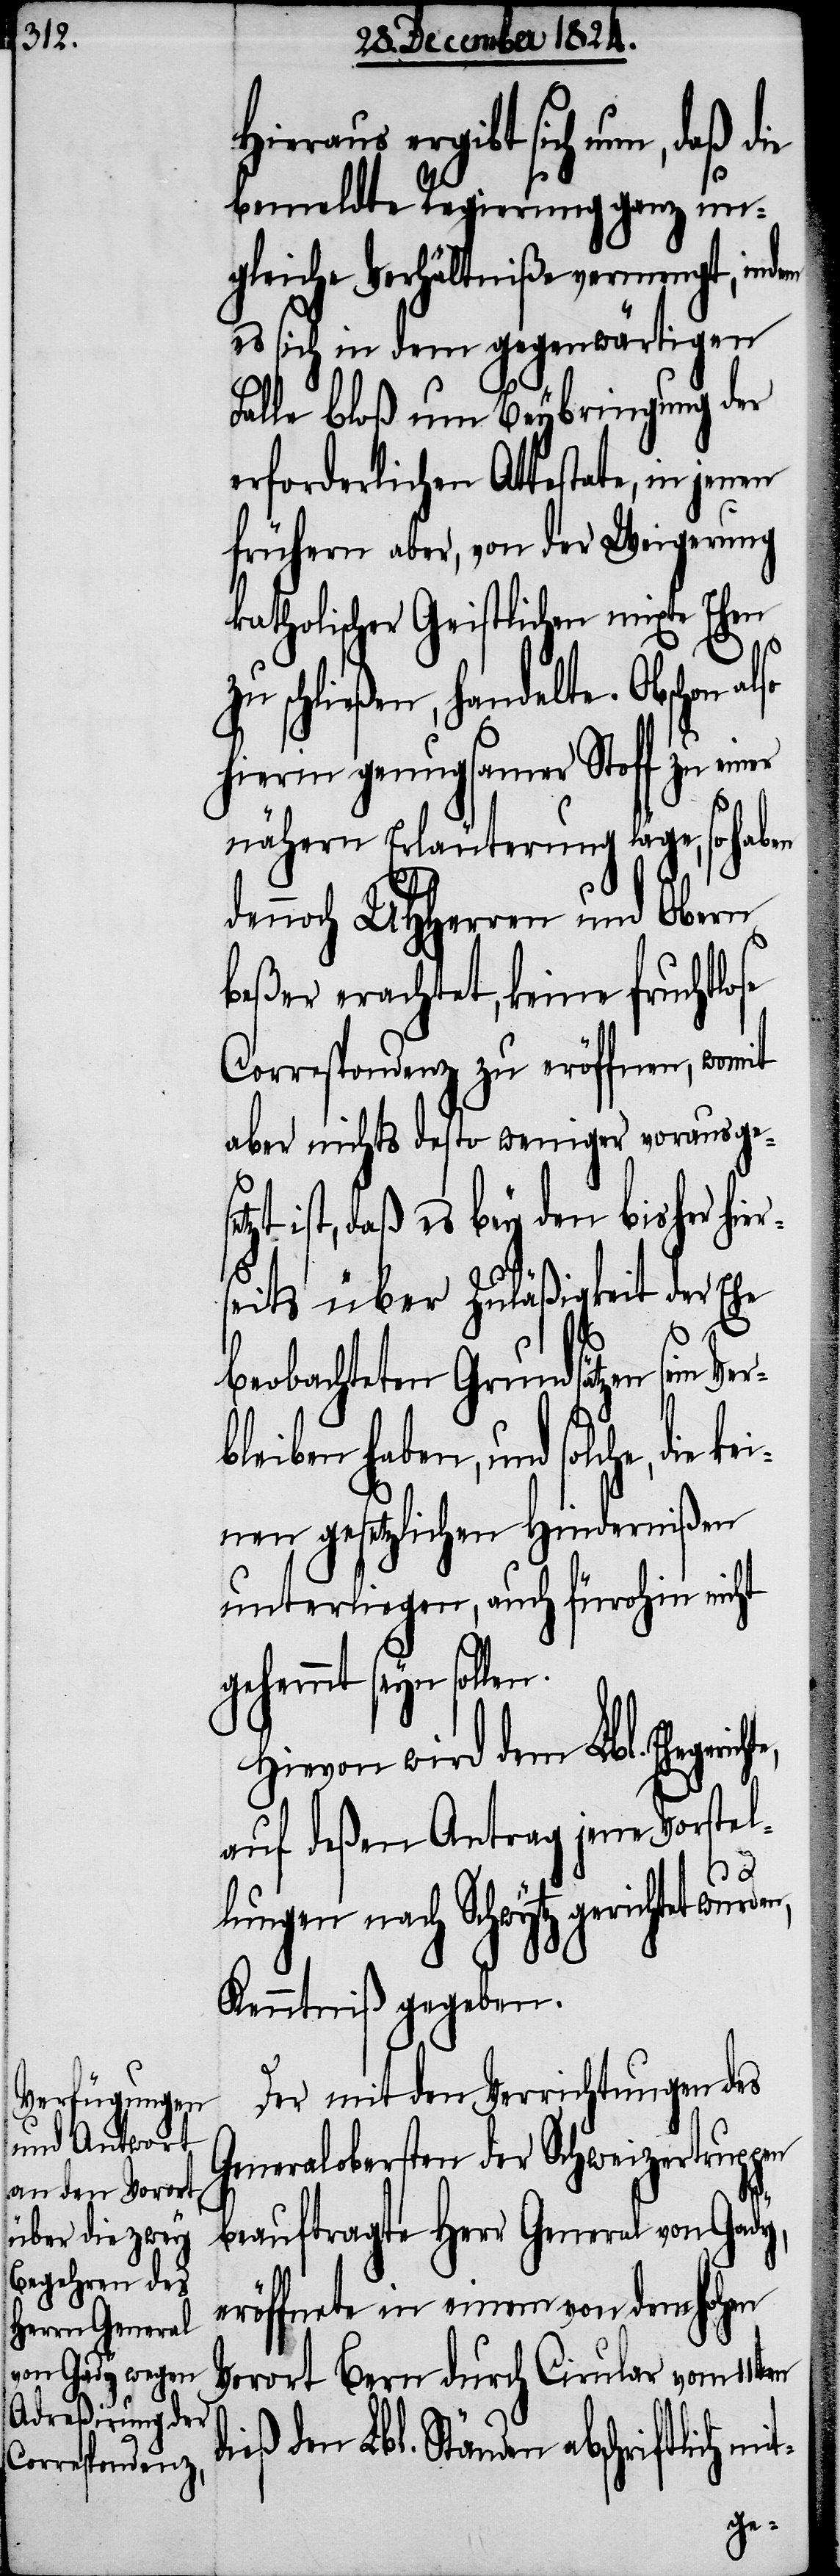
Hieraus ergibt sich nun, d¬
bemeldte Regierung ganz un¬
gleiche Verhältniße vermengt, indem
es sich in dem gegenwärtigen
Falle bloß um Beybringung der
erforderlichen Attestate, in jenen
frühern aber, von der Weigerung
katholischer Geistlicher mixte Ehen
d¬
zu schließen, handelte. Obschon
hierin genugsamer Stoff zu einer
nähern Erläuterung läge, so haben
dennoch UHHerren und Obern
beßer erachtet, keine fruchtlose
Correspondenz zu eröffnen, womit
aber nichts desto weniger vorausge¬
zt ist, daß es bey den bisher hier¬
seits über Zuläßigkeit der Ehe
beobachteten Grundsätzen sein
eiben haben, und solche, die
nen gesetzlichen Hindernißen,
unterliegen, auch fürohin nicht
gehemmt seyn sollen.
Hievon wird dem Lbl. Ehegeri¬
auf deßen Antrag jene Vorstel¬
lungen nach Schwytz gerichtet wur¬
Kenntniß gegeben.
Der mit den Verrichtungen des
Generalobersten der Schweizertruppen
beauftragte Herr General von Gady,
eröffnete in einem von dem hohen
Vorort Bern durch Cirular [sic!]
ieß den Lbl. Ständen abschriftlich